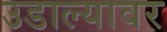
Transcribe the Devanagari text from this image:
उडाल्यावर